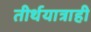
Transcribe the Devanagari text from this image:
तीर्थयात्राही